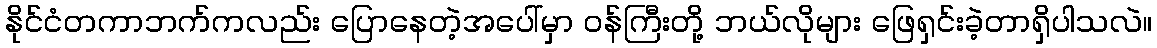
နိုင်ငံတကာဘက်ကလည်း ပြောနေတဲ့အပေါ်မှာ ဝန်ကြီးတို့ ဘယ်လိုများ ဖြေရှင်းခဲ့တာရှိပါသလဲ။